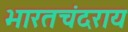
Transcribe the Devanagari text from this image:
भारतचंदराय